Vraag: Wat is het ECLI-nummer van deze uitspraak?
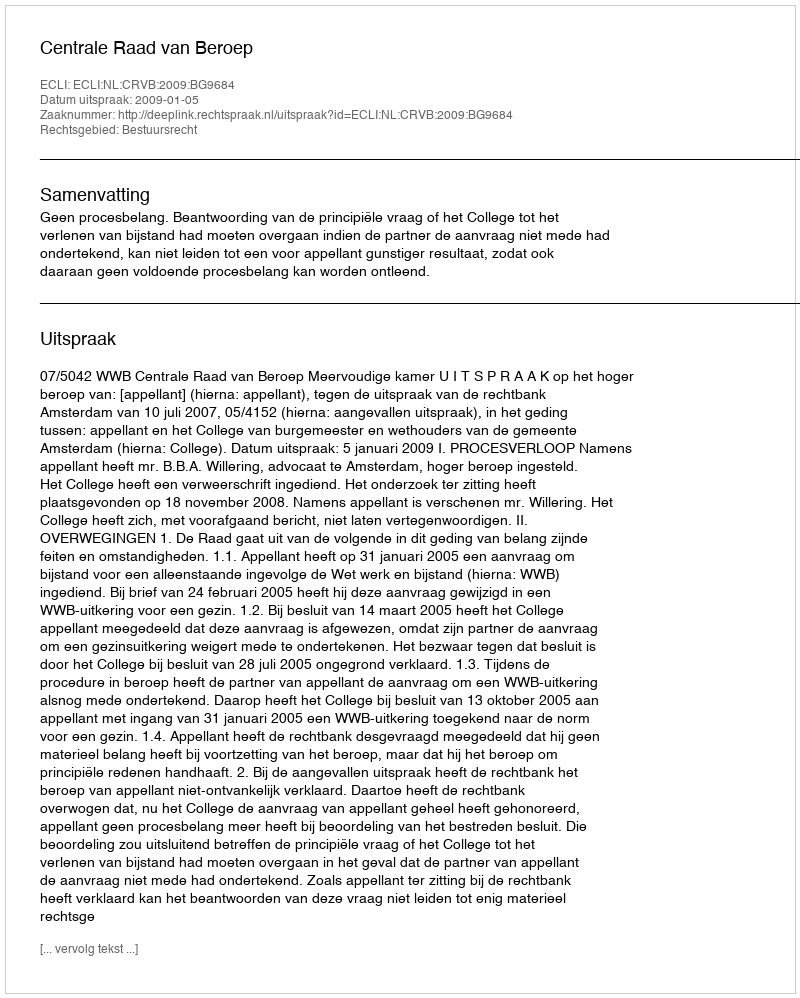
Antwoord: ECLI:NL:CRVB:2009:BG9684